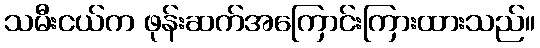
သမီးငယ်က ဖုန်းဆက်အကြောင်းကြားထားသည်။